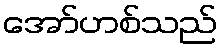
အော်ဟစ်သည်